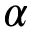
\alpha